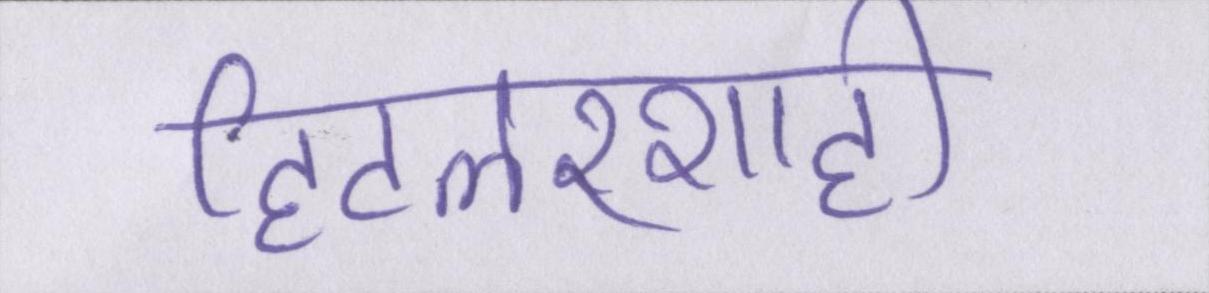
हिटलरशाही